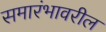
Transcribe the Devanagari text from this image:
समारंभावरील